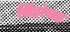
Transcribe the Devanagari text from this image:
सिंहांसह